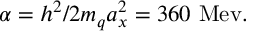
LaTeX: \alpha = h ^ { 2 } / 2 m _ { q } a _ { x } ^ { 2 } = 3 6 0 \mathrm { ~ M e v . }